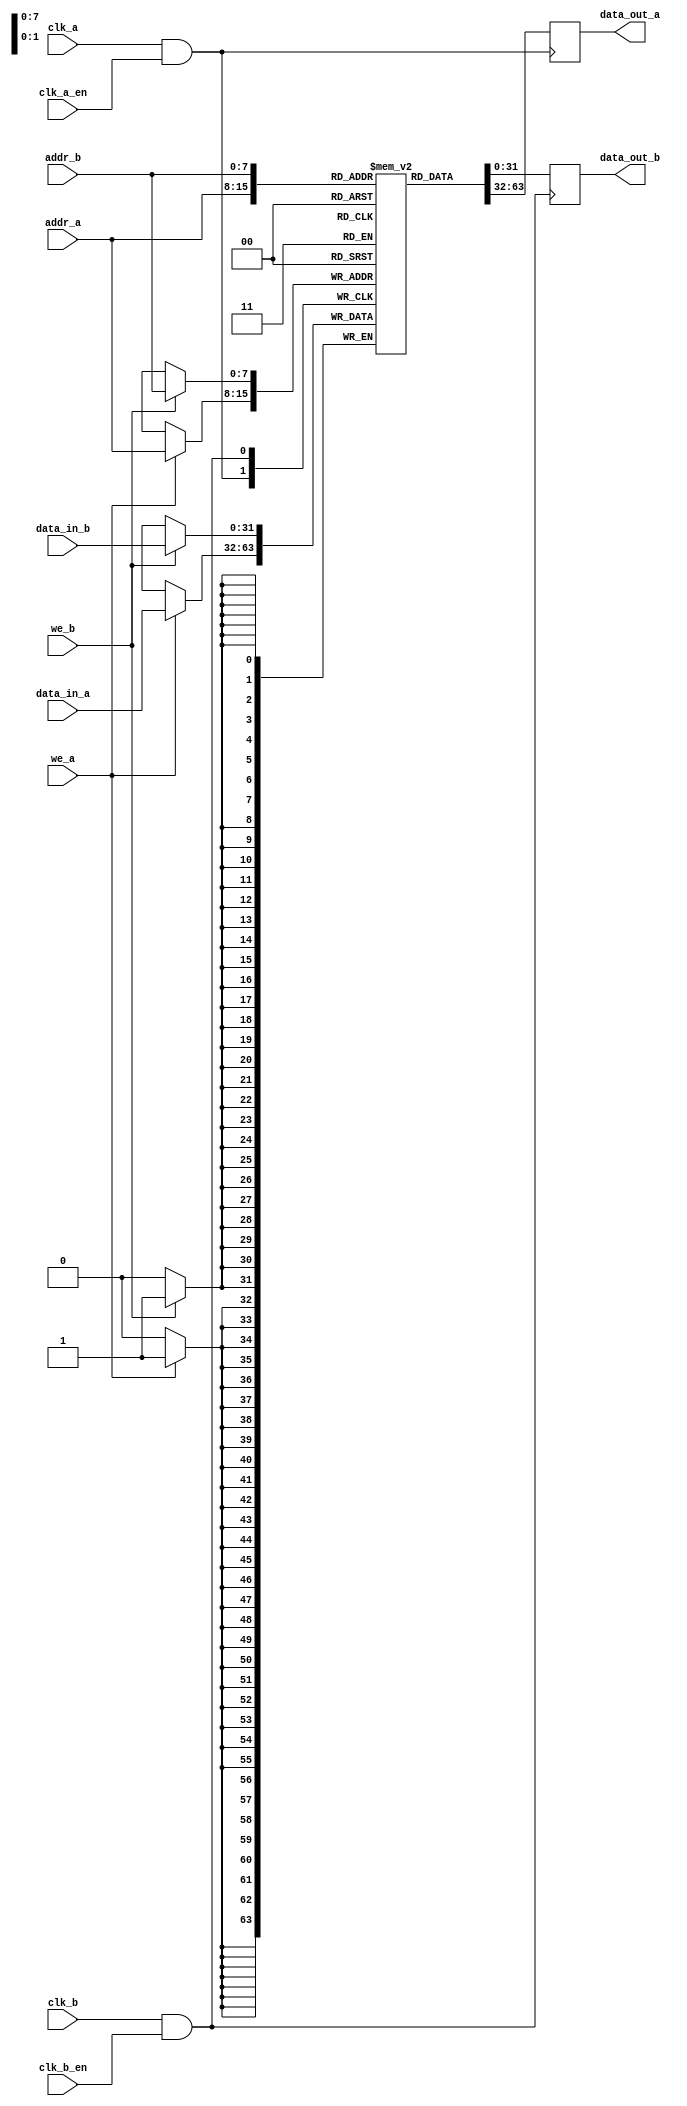
module memory_block (
    input wire clk_a,          // Clock domain A
    input wire clk_b,          // Clock domain B
    input wire clk_a_en,       // Clock enable for domain A
    input wire clk_b_en,       // Clock enable for domain B
    input wire [7:0] addr_a,   // Address for domain A
    input wire [7:0] addr_b,   // Address for domain B
    input wire [31:0] data_in_a, // Data input for domain A
    input wire [31:0] data_in_b, // Data input for domain B
    input wire we_a,           // Write enable for domain A
    input wire we_b,           // Write enable for domain B
    output reg [31:0] data_out_a, // Data output for domain A
    output reg [31:0] data_out_b  // Data output for domain B
);

    // Memory array
    reg [31:0] memory [255:0]; // 256 x 32-bit memory

    // Clock gating logic for domain A
    wire gated_clk_a = clk_a & clk_a_en;

    // Clock gating logic for domain B
    wire gated_clk_b = clk_b & clk_b_en;

    // Process for clock domain A
    always @(posedge gated_clk_a) begin
        if (we_a) begin
            memory[addr_a] <= data_in_a; // Write operation
        end
        data_out_a <= memory[addr_a]; // Read operation
    end

    // Process for clock domain B
    always @(posedge gated_clk_b) begin
        if (we_b) begin
            memory[addr_b] <= data_in_b; // Write operation
        end
        data_out_b <= memory[addr_b]; // Read operation
    end

endmodule